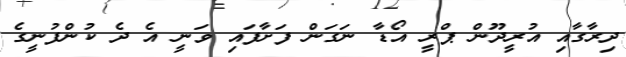
ދިރާގާއި އުރީދޫން ޕްރީ އޯޑާ ނަގަން ފަށާފައި ވަނީ އެ ދެ ކުންފުނީގެ